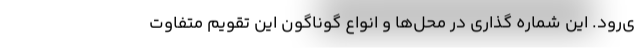
ی‌رود. این شماره گذاری در محل‌ها و انواع گوناگون این تقویم متفاوت